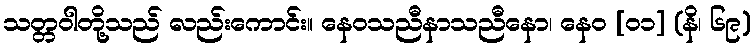
သတ္တဝါတို့သည် လည်းကောင်း။ နေဝသညီနာသညီနော၊ နေဝ [၀၁] (နိ၊ ၆၉)